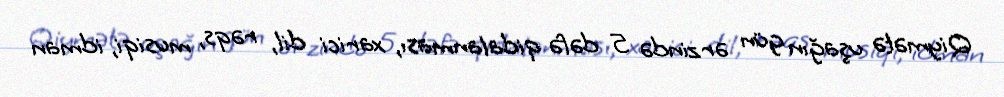
Qiymətə uşağın gün ərzində 5 dəfə qidalanması, xarici dil, rəqs, musiqi, idman